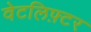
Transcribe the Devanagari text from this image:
वेटलिफ़्टर